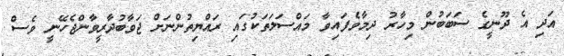
އަދި އެ ދޫނީގެ ސަބަބުން މިހާރު ދިމާވެފައިވާ މައްސަލަތަކުގައި ރައްޔިތުންނަށް ޖަވާބުދާރީވާންޖެހޭނީ ވެސް